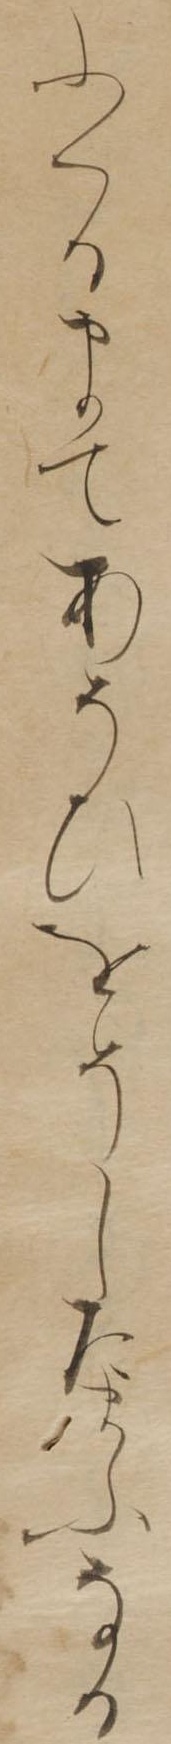
ふくるまてあそひをそしたまふなる